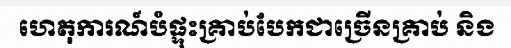
ហេតុការណ៍បំផ្ទុះគ្រាប់បែកជាច្រើនគ្រាប់ និង